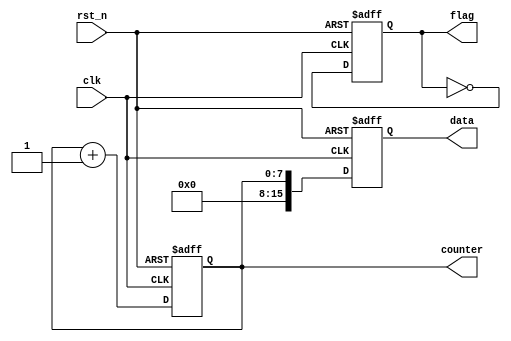
module default_state_initialization (
    input wire clk,          // Clock signal
    input wire rst_n,       // Active-low reset signal
    output reg [7:0] counter, // 8-bit counter
    output reg flag,        // Status flag
    output reg [15:0] data  // 16-bit output data
);

// Default state initialization
always @(posedge clk or negedge rst_n) begin
    if (!rst_n) begin
        // Reset condition: initialize state variables
        counter <= 8'b0;      // Reset counter to zero
        flag <= 1'b0;         // Set flag to inactive state (low)
        data <= 16'b0;        // Assign default value to data
    end else begin
        // Normal operation (example logic)
        // Increment counter and toggle flag for demonstration
        counter <= counter + 1;
        flag <= ~flag; // Toggle flag
        data <= counter; // Assign counter value to data
    end
end

endmodule